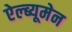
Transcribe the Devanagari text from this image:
ऐल्ब्यूमेन